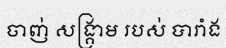
ចាញ់ សង្គ្រាម របស់ បារាំង